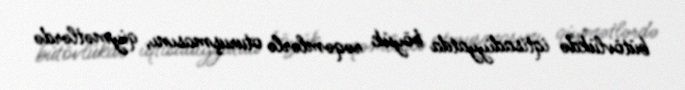
bütövlükdə iqtisadiyyatda böyük rəqəmlərlə oturuşmasını, qiymətlərdə